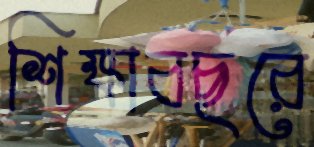
শিক্ষাবছরে